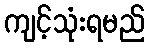
ကျင့်သုံးရမည်